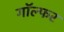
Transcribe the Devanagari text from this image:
गॉल्फर